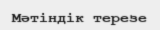
Мәтіндік терезе